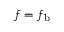
f = f _ { \mathrm { b } }